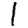
Digit: 1